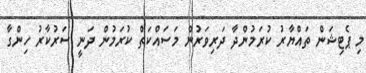
މި ޕެޓިޝަން ތައްޔާރު ކުރަމުންދާ ދަރިވަރުން މަސައްކަތް ކުރަމުން ދަނީ ސަރުކާރު ހިންގާ